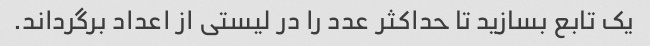
یک تابع بسازید تا حداکثر عدد را در لیستی از اعداد برگرداند.